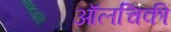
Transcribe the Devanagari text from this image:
ऑलचिकी